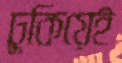
ঢুকিয়েই